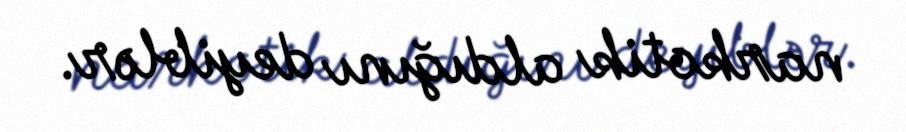
narkotik aldığını deyiblər.